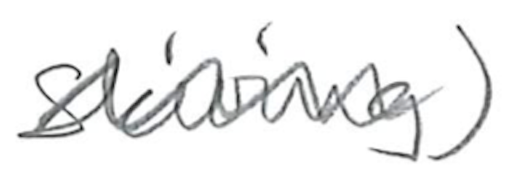
Text: Skiving)
Cross-out: wave
Writing tool: pencil